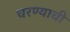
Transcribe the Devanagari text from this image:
चरण्याची